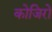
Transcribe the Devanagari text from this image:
कोजिरो